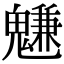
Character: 魐